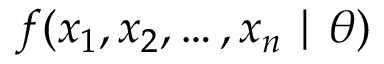
f ( x _ { 1 } , x _ { 2 } , \ldots , x _ { n } \mid \theta )